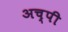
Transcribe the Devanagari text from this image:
अच्पी